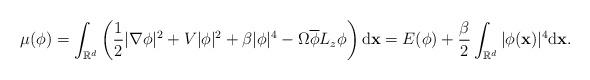
LaTeX: \begin{align*}\mu(\phi)= \int_{\mathbb{R}^d} \left( \frac12|\nabla\phi|^2+V|\phi|^2+\beta|\phi|^4 -\Omega\overline{\phi}L_z\phi\right) \mathrm{d}\mathbf{x} = E(\phi) +\frac{\beta}{2}\int_{\mathbb{R}^d}|\phi(\mathbf{x})|^4\mathrm{d}\mathbf{x}.\end{align*}